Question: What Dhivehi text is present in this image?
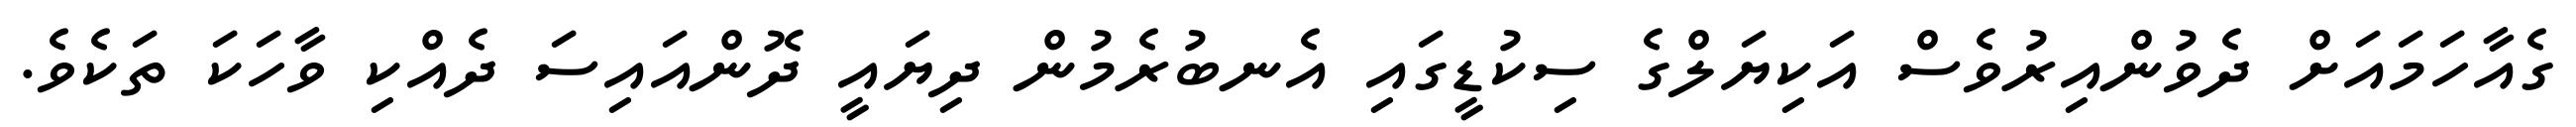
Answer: ގެއާހަމައަށް ދެވުންއިރުވެސް އަކިޔަލްގެ ސިކުޑީގައި އެނބުރެމުން ދިޔައީ ދޮންއައިސަ ދެއްކި ވާހަކަ ތަކެވެ.